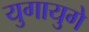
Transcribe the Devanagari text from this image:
युगायुगे